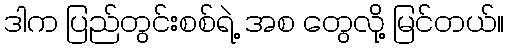
ဒါက ပြည်တွင်းစစ်ရဲ့ အစ တွေလို့ မြင်တယ်။